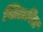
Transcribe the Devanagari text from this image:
खिलविद्म